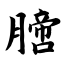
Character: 膪